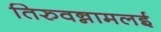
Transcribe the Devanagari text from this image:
तिरुवन्नामलई